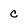
Character: c